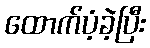
ထောက်ပံ့ခဲ့ပြီး